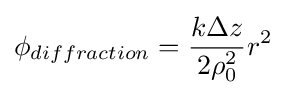
\phi _{diffraction}={k\Delta z \over 2\rho _{0}^{2}}r^{2}